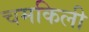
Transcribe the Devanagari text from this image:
चमकिली